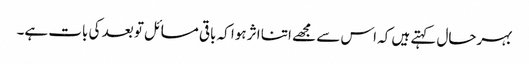
بہرحال کہتے ہیں کہ اس سے مجھے اتنا اثر ہوا کہ باقی مسائل تو بعد کی بات ہے۔